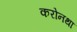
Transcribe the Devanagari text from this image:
करोनथा